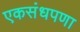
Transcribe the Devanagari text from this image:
एकसंधपणा